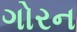
ગોરન